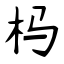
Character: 杩